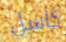
كاسل